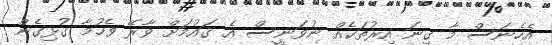
އެހެނަސް މާ ގިނަ އިރުތަކެއް ނުވަނީސް އެ ޤައުމަށް ވާރޭ ވެހުމާ ގުޅިގެން